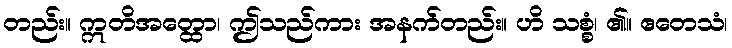
တည်း။ ဣတိအတ္ထော၊ ဤသည်ကား အနက်တည်း။ ဟိ သစ္စံ၊ ၏။ ဧတေသံ၊